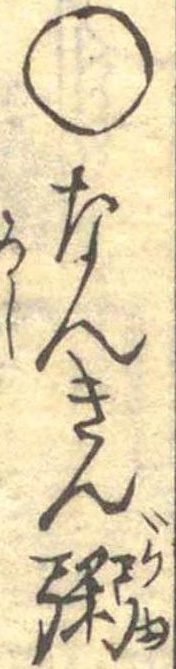
○なんきん粥